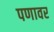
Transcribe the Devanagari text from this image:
पणावर